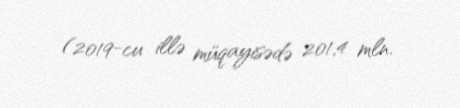
(2019-cu illə müqayisədə 201,4 mln.